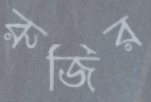
রুজির